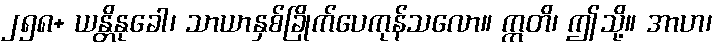
၂၅၈+ ယန္တိနုခေါ၊ သာယာနှစ်ခြိုက်ပေကုန်သလော။ ဣတိ၊ ဤသို့။ အာဟ၊